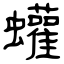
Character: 蠸